65_HS1-834228961_62-HQ-83894_Serial_130
Agency: FBI
Page 94
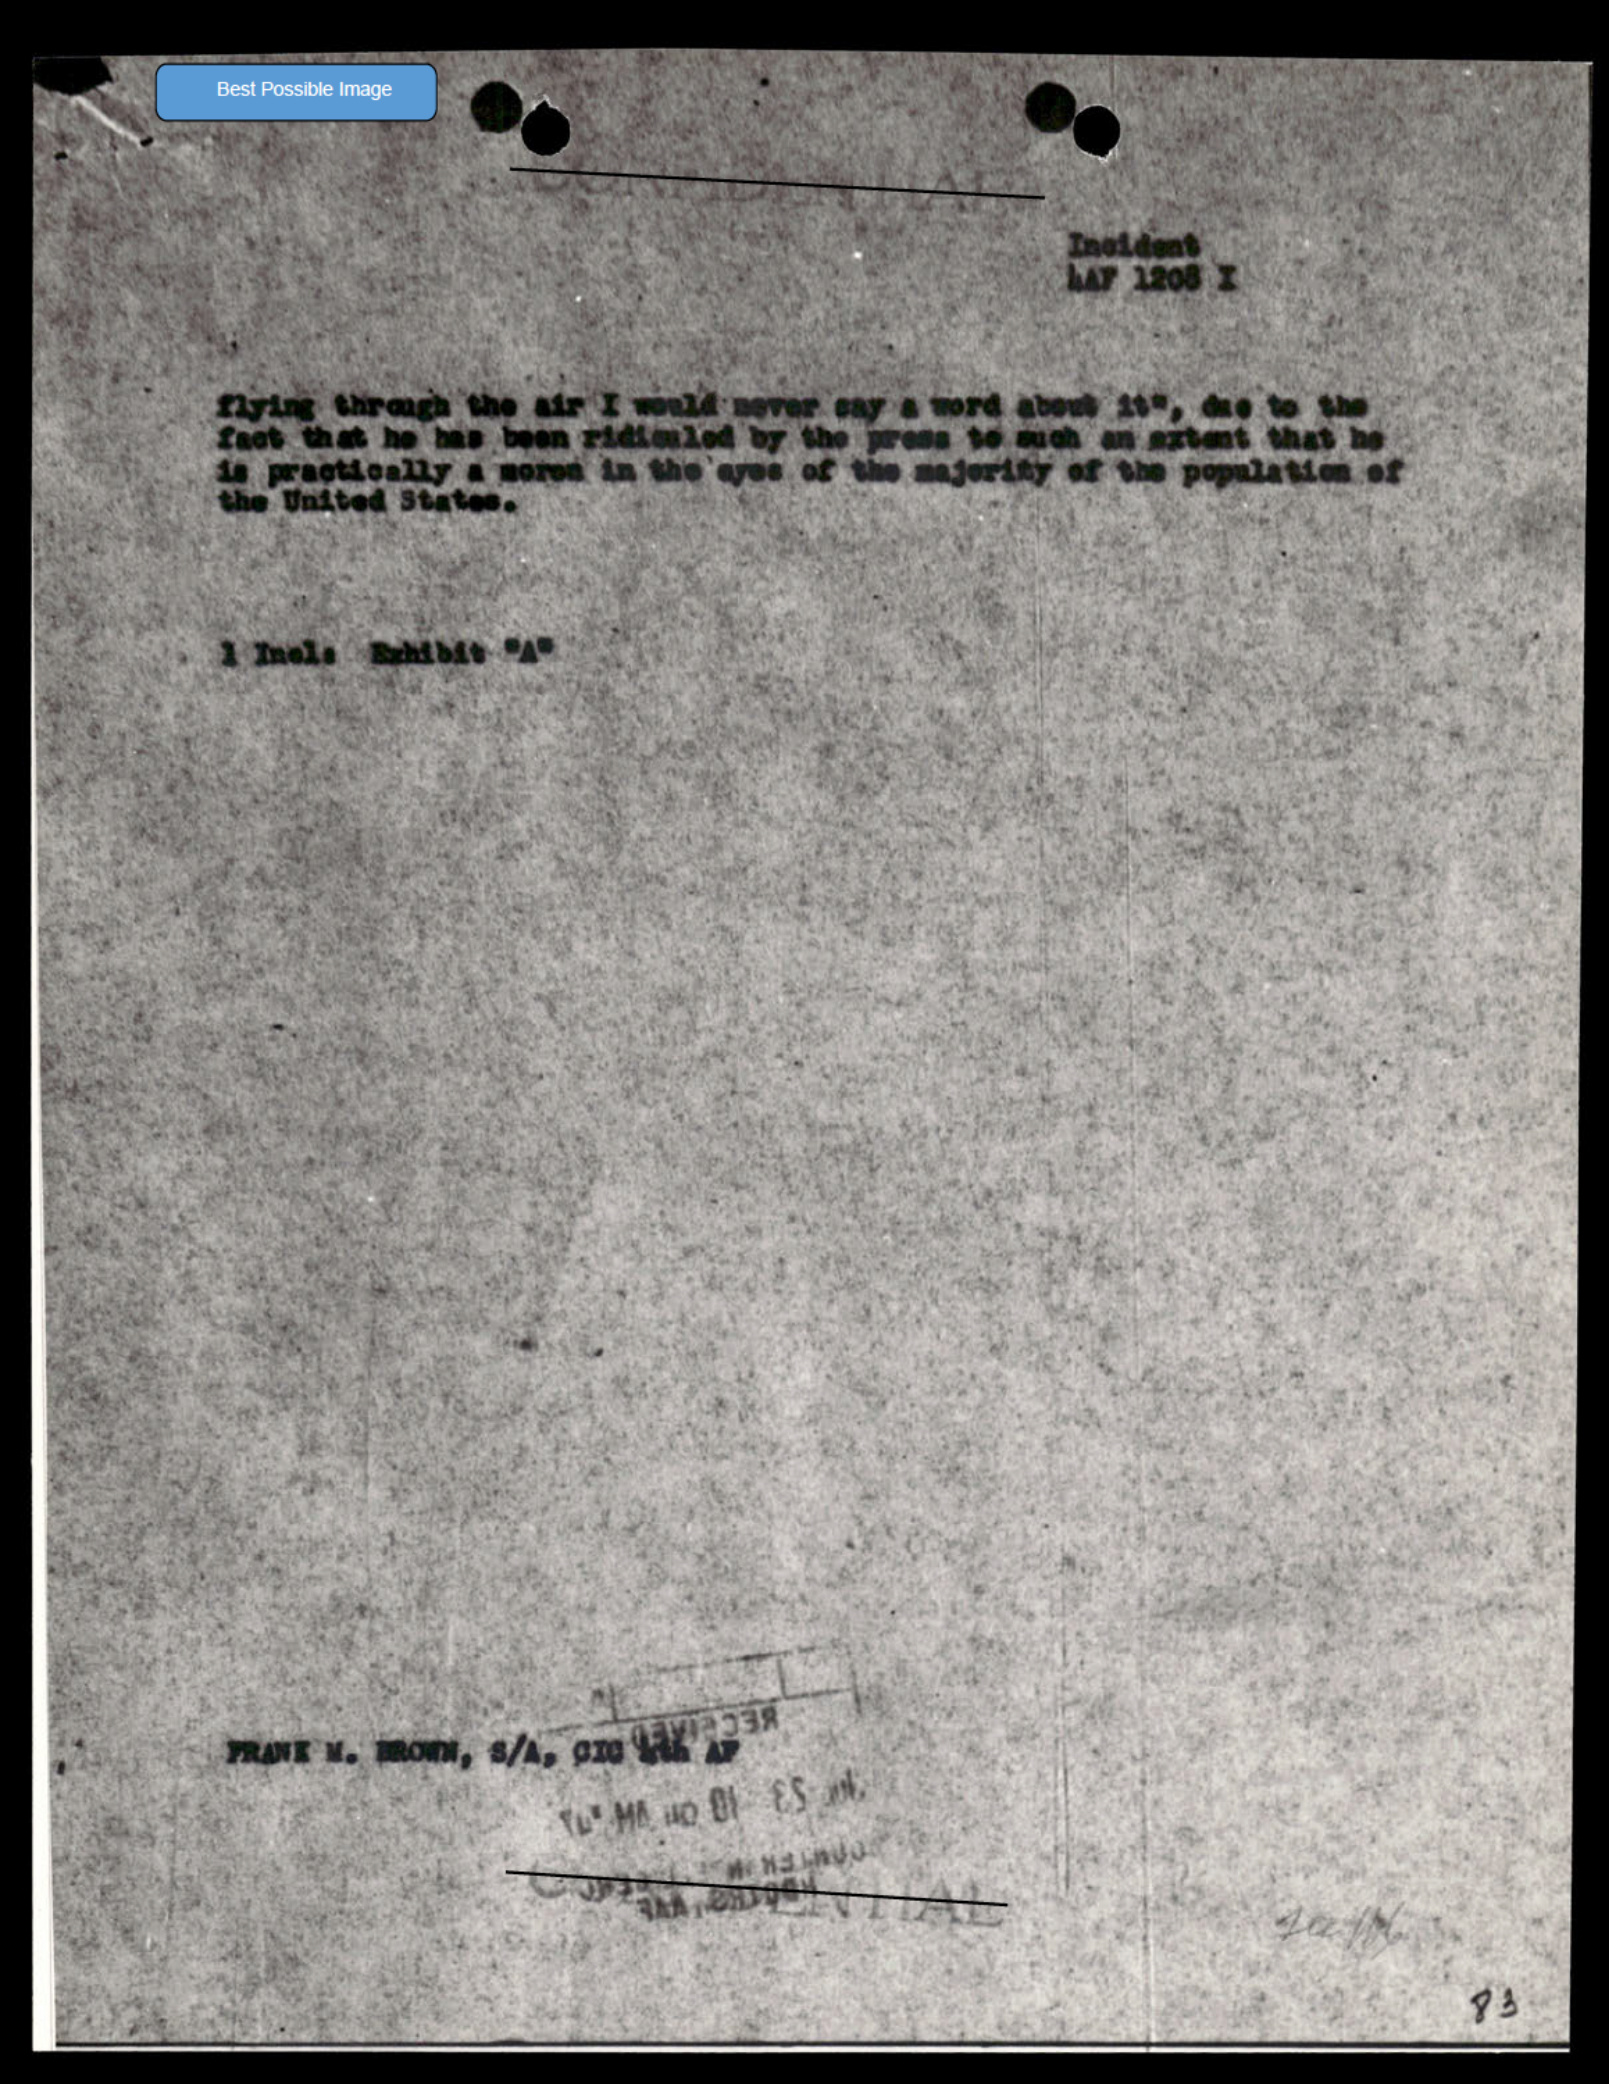